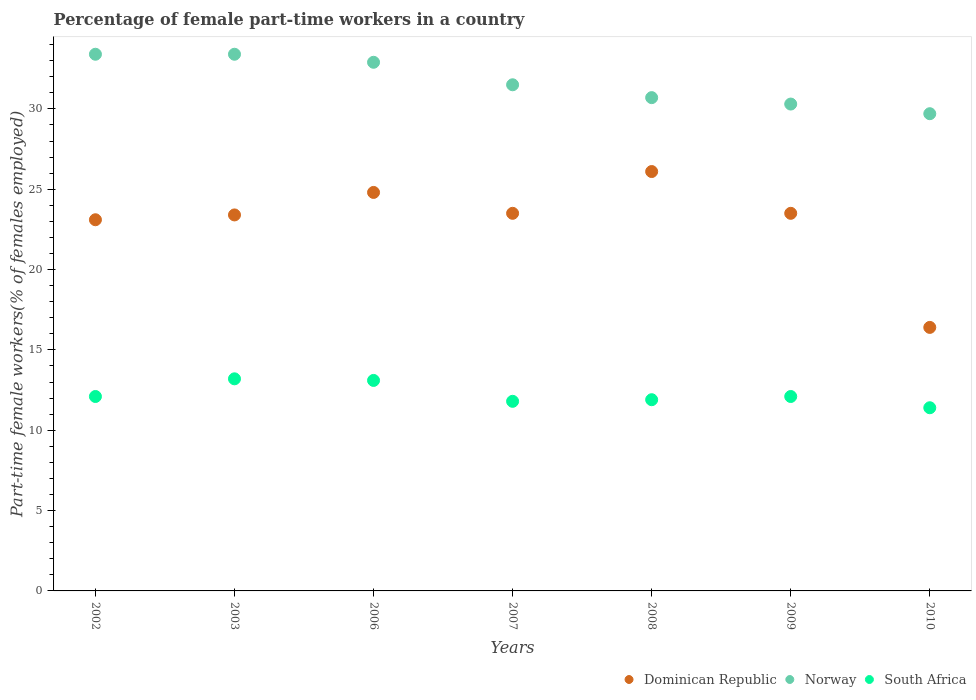
| Years | Dominican Republic | Norway | South Africa |
 | --- | --- | --- | --- |
 | 2002 | 23.1 | 33.4 | 12.1 |
 | 2003 | 23.4 | 33.4 | 13.2 |
 | 2006 | 24.8 | 32.9 | 13.1 |
 | 2007 | 23.5 | 31.5 | 11.8 |
 | 2008 | 26.1 | 30.7 | 11.9 |
 | 2009 | 23.5 | 30.3 | 12.1 |
 | 2010 | 16.4 | 29.7 | 11.4 |